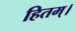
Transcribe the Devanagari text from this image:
हितम्।